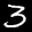
Label: 3